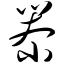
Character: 尜